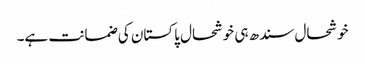
خوشحال سندھ ہی خوشحال پاکستان کی ضمانت ہے۔